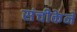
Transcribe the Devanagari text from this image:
संचीकेने